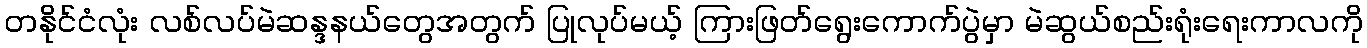
တနိုင်ငံလုံး လစ်လပ်မဲဆန္ဒနယ်တွေအတွက် ပြုလုပ်မယ့် ကြားဖြတ်ရွေးကောက်ပွဲမှာ မဲဆွယ်စည်းရုံးရေးကာလကို